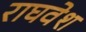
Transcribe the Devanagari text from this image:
राघवेश